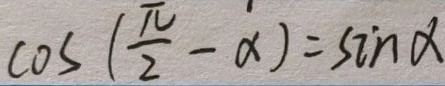
\cos ( \frac { \pi } { 2 } - \alpha ) = \sin \alpha